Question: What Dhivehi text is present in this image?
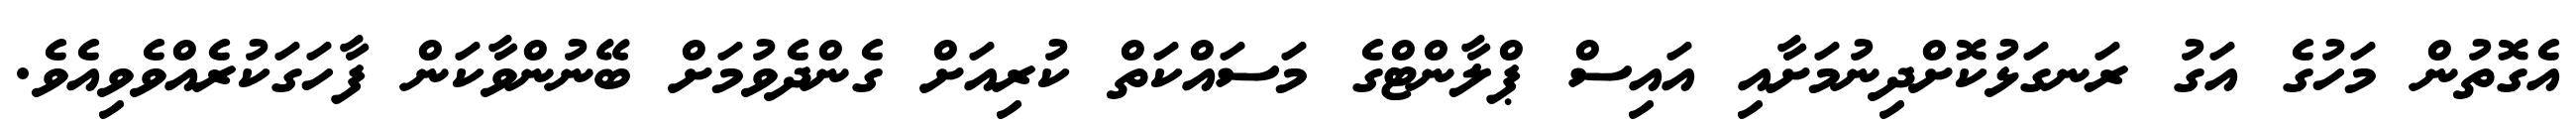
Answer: އެގޮތުން މަހުގެ އަގު ރަނގަޅުކޮށްދިނުމަށާއި އައިސް ޕްލާންޓްގެ މަސައްކަތް ކުރިއަށް ގެންދެވުމަށް ބޭނުންވާކަން ފާހަގަކުރެއްވެވިއެވެ.